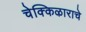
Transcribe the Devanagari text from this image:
चेक्किऴाराचे